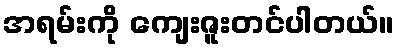
အရမ်းကို ကျေးဇူးတင်ပါတယ်။